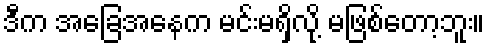
ဒီက အခြေအနေက မင်းမရှိလို့ မဖြစ်တော့ဘူး။